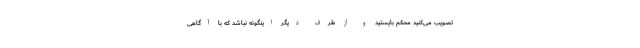
تصویب می‌کنید محکم بایستید و از طرف دیگر اینگونه نباشد که با آگاهی